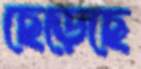
ছেড়েছে